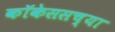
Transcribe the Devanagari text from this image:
कॉकेससच्या